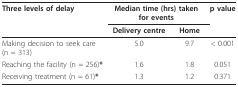
<table><thead><tr><td><b>Three levels of delay</b></td><td colspan="2"><b>Median time (hrs) taken for events</b></td><td><b>p value</b></td></tr><tr><td></td><td><b>Delivery centre</b></td><td><b>Home</b></td><td></td></tr></thead><tbody><tr><td>Making decision to seek care (n = 313)</td><td>5.0</td><td>9.7</td><td>&lt; 0.001</td></tr><tr><td>Reaching the facility (n = 256)<b>*</b></td><td>1.6</td><td>1.8</td><td>0.051</td></tr><tr><td>Receiving treatment (n = 61)<b>*</b></td><td>1.3</td><td>1.2</td><td>0.371</td></tr></tbody></table>